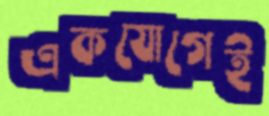
একযোগেই